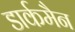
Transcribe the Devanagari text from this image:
डार्कमैन